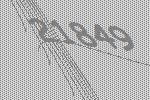
21849